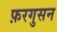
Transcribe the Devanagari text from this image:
फ़रगुसन